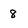
Character: 8